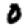
Digit: 0